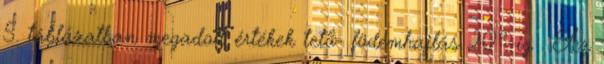
5. táblázatban megadott értékek tetõ- födémhajlás 20°-ig . Az